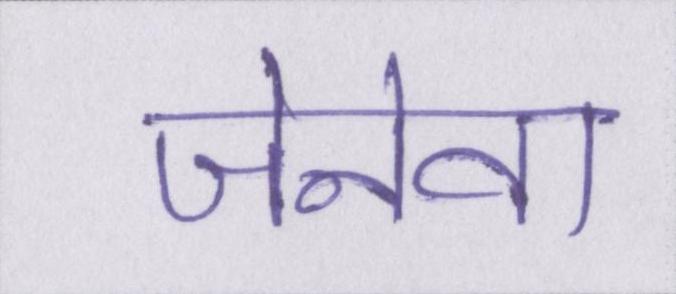
जेनेवा